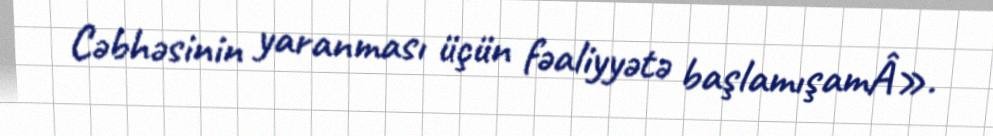
Cəbhəsinin yaranması üçün fəaliyyətə başlamışamÂ».